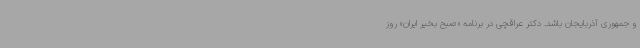
و جمهوری آذربایجان باشد. دکتر عراقچی در برنامه «صبح بخیر ایران» روز